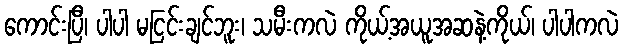
ကောင်းပြီ၊ ပါပါ မငြင်းချင်ဘူး၊ သမီးကလဲ ကိုယ့်အယူအဆနဲ့ကိုယ်၊ ပါပါကလဲ